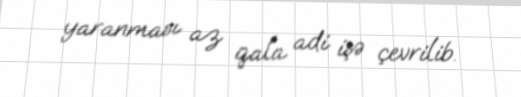
yaranması az qala adi işə çevrilib.